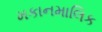
મકાનમાલિક